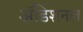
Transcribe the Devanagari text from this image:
अॅडिशनल